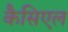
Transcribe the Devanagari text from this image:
कैसिएल